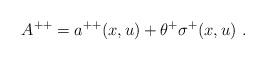
LaTeX: \begin{align*}A^{++} = a^{++}(x, u) + \theta^{+}\sigma^+(x, u) \ .\end{align*}